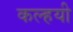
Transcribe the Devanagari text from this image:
कल्हयी